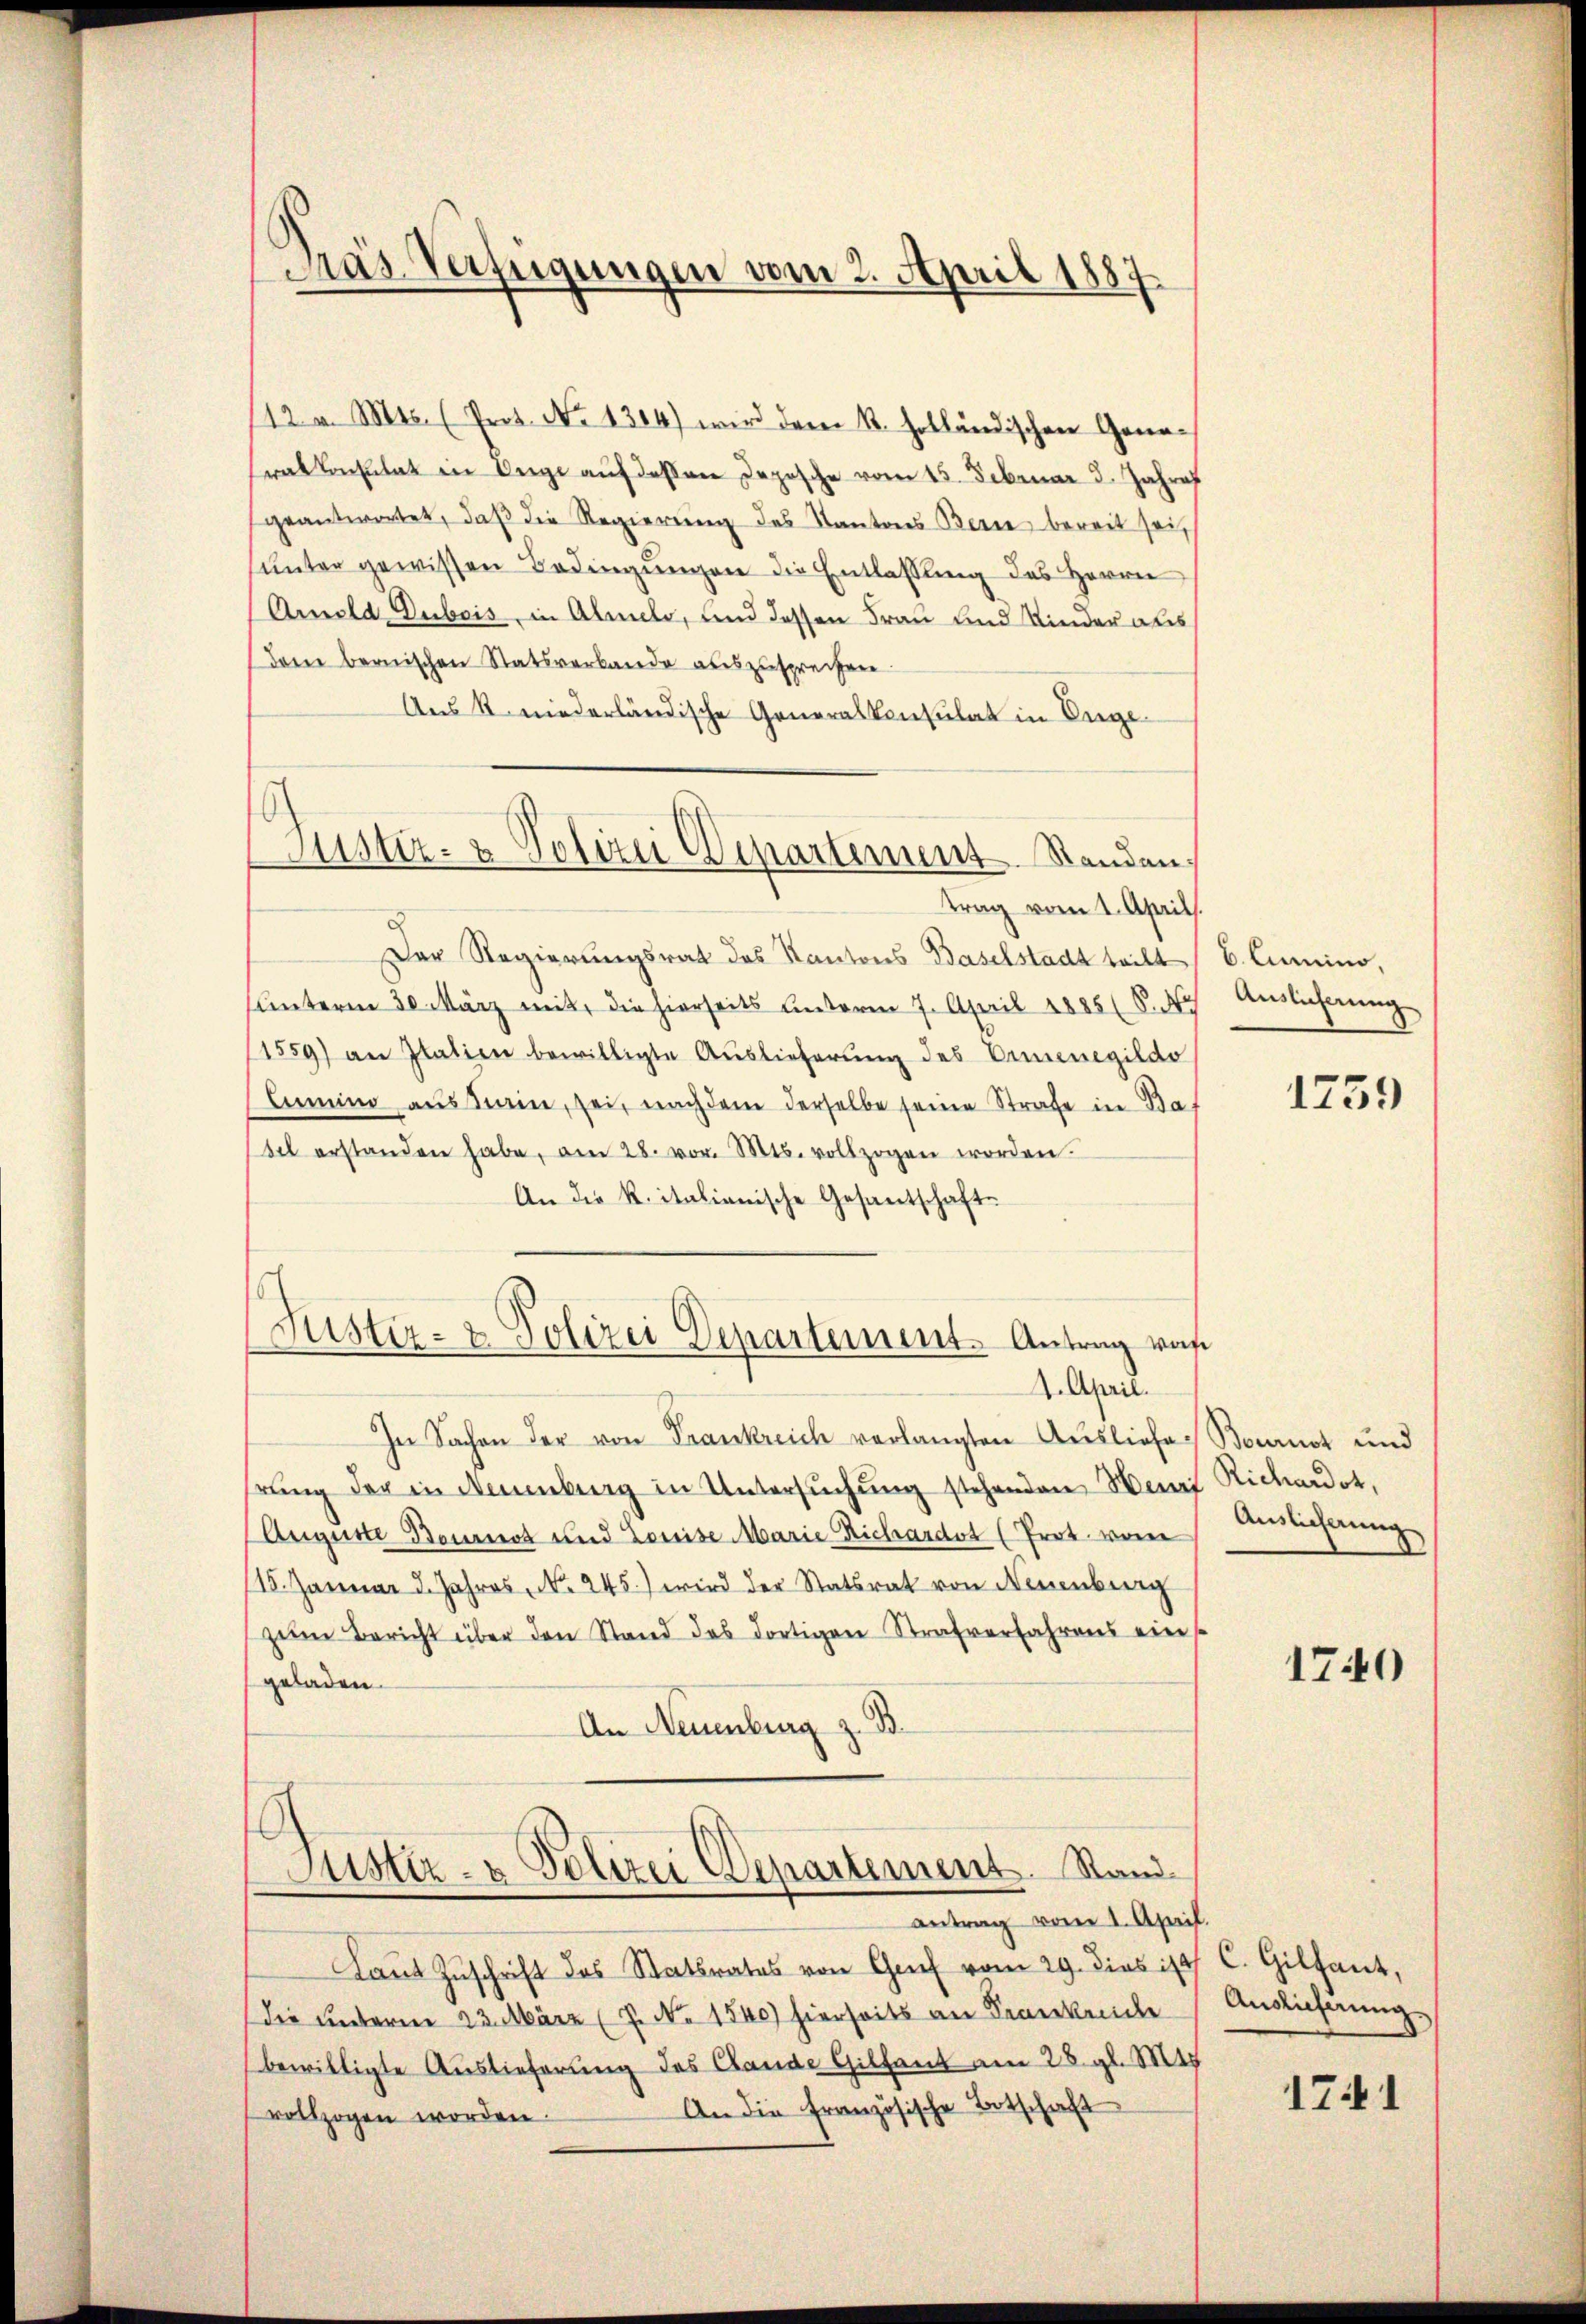
Das Verfügungen vom 2. April 1887

112 v. Mts. (Prot. No 1304) wird dem R. Holländischen Generakkonsulat in Auge auf dessen Deposche vom 15. Februar 3. Jahres
geantwortet, daβ die Regierŭng des Kantons Berne bereit sei
unter gewissen Bedingungen die Entlassung des Herrn
Arnold Dubois, in Almelo, und dessen Frau und Kinder als
dem bernischen Statsverbande auszusprechen
Aus R. niederländische Generalkonsulat in Engetrag vom 1. April.
Der Regierungsrat des Kantons Baselstadt teilt
unterm 30. März mit, die hierseits unterm 7. April 1885/8. N
1559) an Italien bewilligte Auslieferung des Ernenegildo
Armino aus Stain, sei, nachdem derselbe seine Strafe in Bas
del erstanden habe, am 28. vor. Mts. vollzogen worden.
An die R. italianische Gesantschafte
Justiz- & Polizei Departement. Antrag von
4. April.
In Sachen der von Frankreich verlangten Ausliefe
hrung der in Neuenburg in Untersuchung stehenden Henri Richardot,
Auguste Bournot und Louise Marie Richardt (Prot. vom
15. Januar d. Jahres No. 245.) wird der Statsrat von Neuenburg
zum Bericht über den Stand das dortigen Strafverfahrens ein s
geladen.
An Neuenburg z. B.
Justiz- & Polizei Departement. Stand
antrag vom 1. April.
Laut Zuschrift des Statsrates von Graf vom 29. dies ist
Die unterm 23. März (7. No 1540) hierseits an Krankreiche
bewilligte Auslieferung des Cande Gillant am 28. gl. M
An die französische Botschaft
vollzogen worden.

6
Justiz- & Polizei Departement Standen,

b. Lumino
Auslicherung

1759

Bournot und
Auslichtung

1740

C. Gilfant,
Auslieferung

1741